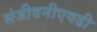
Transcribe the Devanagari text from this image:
संजीवनीएवढी